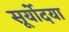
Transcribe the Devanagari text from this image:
सूर्योदया